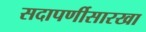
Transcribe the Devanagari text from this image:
सदापर्णीसारखा